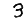
Digit: 3